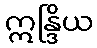
ဣန္ဒြိယ